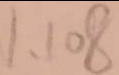
1 、 1 0 8